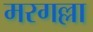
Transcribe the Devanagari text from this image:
मरगल्ला